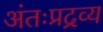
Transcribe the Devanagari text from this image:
अंतःप्रद्रव्य